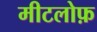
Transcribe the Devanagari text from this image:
मीटलोफ़